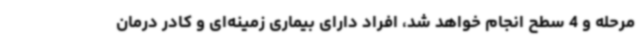
مرحله و 4 سطح انجام خواهد شد، افراد دارای بیماری زمینه‌ای و کادر درمان